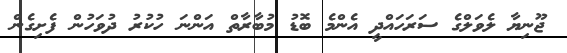
ޖޫނިޔާ ލެވަލްގެ ސަރަހައްދީ އެންމެ ބޮޑު މުބާރާތް އަންނަ ހުކުރު ދުވަހުން ފެށިގެން